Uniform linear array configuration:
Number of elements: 16
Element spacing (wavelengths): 1
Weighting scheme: kaiser
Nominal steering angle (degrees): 0
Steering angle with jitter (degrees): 0.4764
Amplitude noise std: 0.05
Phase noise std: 0.05

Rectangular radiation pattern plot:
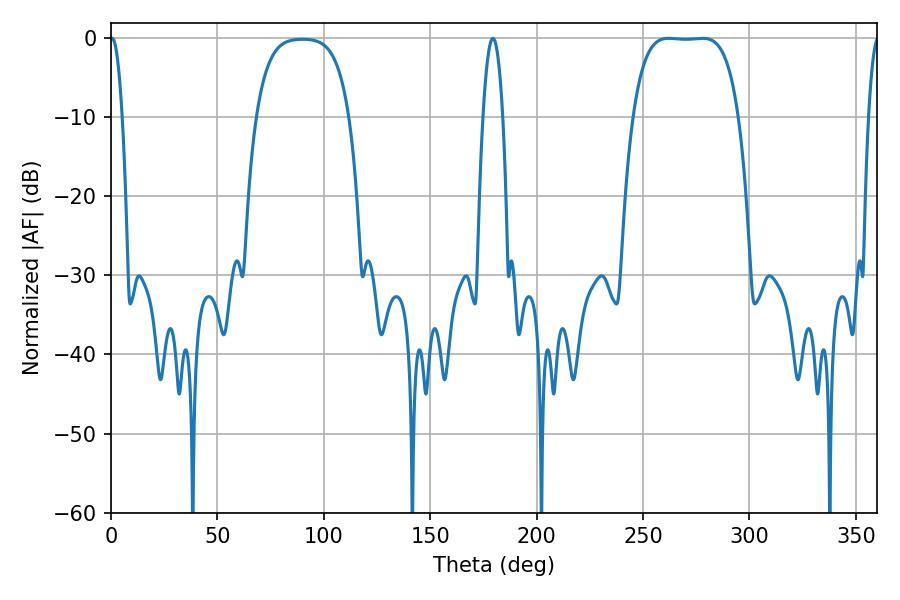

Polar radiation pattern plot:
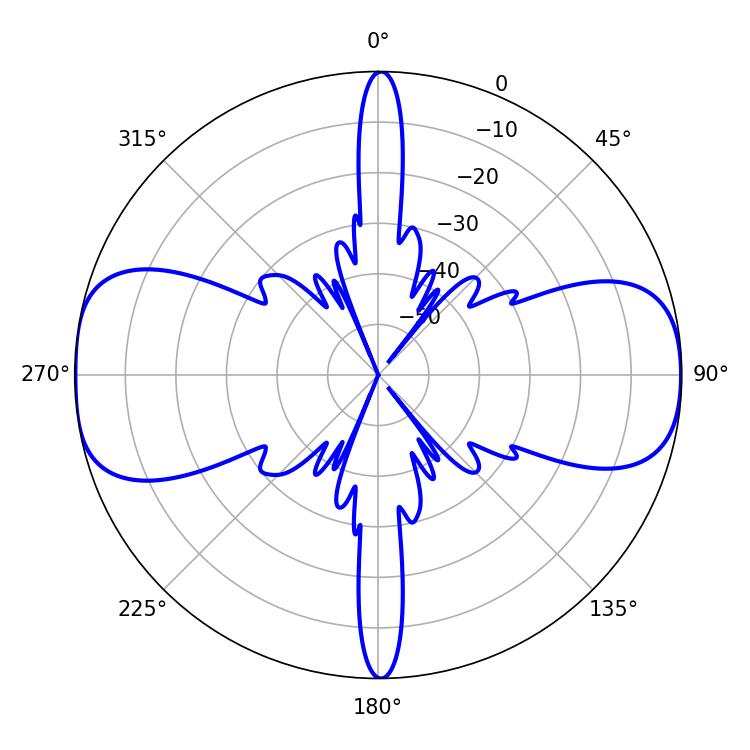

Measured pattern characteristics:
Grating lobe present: TRUE
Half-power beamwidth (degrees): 38.16
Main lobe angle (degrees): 262.08